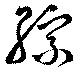
綜